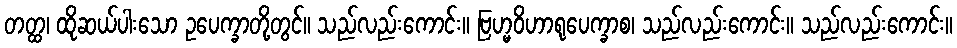
တတ္ထ၊ ထိုဆယ်ပါးသော ဥပေက္ခာတို့တွင်။ သည်လည်းကောင်း။ ဗြဟ္မဝိဟာရုပေက္ခာစ၊ သည်လည်းကောင်း။ သည်လည်းကောင်း။